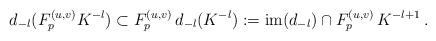
LaTeX: \begin{align*}d_{-l}(F^{(u,v)}_p K^{-l}) \subset F^{(u,v)}_p\, d_{-l}(K^{-l}) := \textup{im} ( d_{-l}) \cap F^{(u,v)}_p\, K^{-l+1} \, .\end{align*}